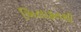
ખિલાફતથી